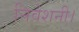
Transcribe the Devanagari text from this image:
निवेशनी।